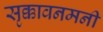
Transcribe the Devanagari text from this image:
सृक्कावनमनी